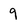
Character: 9